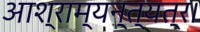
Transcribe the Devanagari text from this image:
आश्राम्यन्त्यत्र।